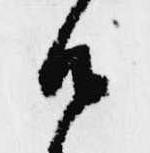
候